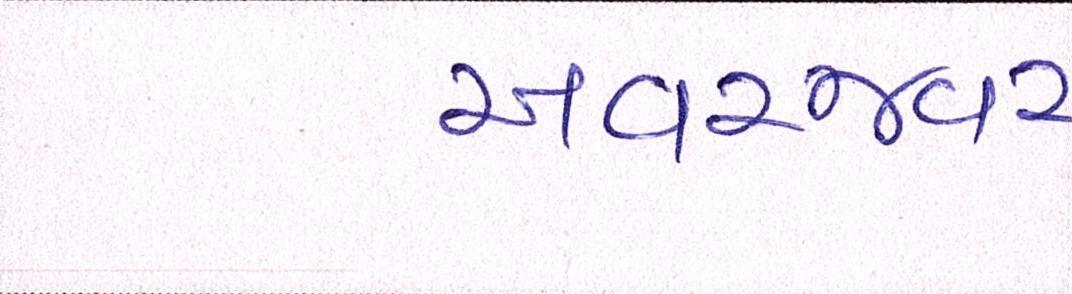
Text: અવરજવર